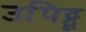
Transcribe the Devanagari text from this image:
उपिट्टू